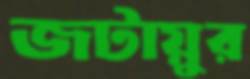
জটায়ুর